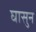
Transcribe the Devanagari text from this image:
घासुन